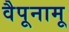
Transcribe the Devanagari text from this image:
वैपूनामू